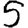
Digit: 5